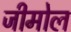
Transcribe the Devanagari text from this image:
जीमोल